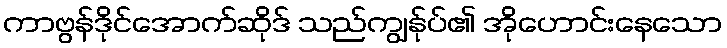
ကာဗွန်ဒိုင်အောက်ဆိုဒ် သည်ကျွန်ုပ်၏ အိုဟောင်းနေသော